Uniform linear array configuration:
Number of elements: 48
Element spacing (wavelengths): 0.5
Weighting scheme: binomial
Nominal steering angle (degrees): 45
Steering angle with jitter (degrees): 43.95
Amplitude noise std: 0.05
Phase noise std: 0.05

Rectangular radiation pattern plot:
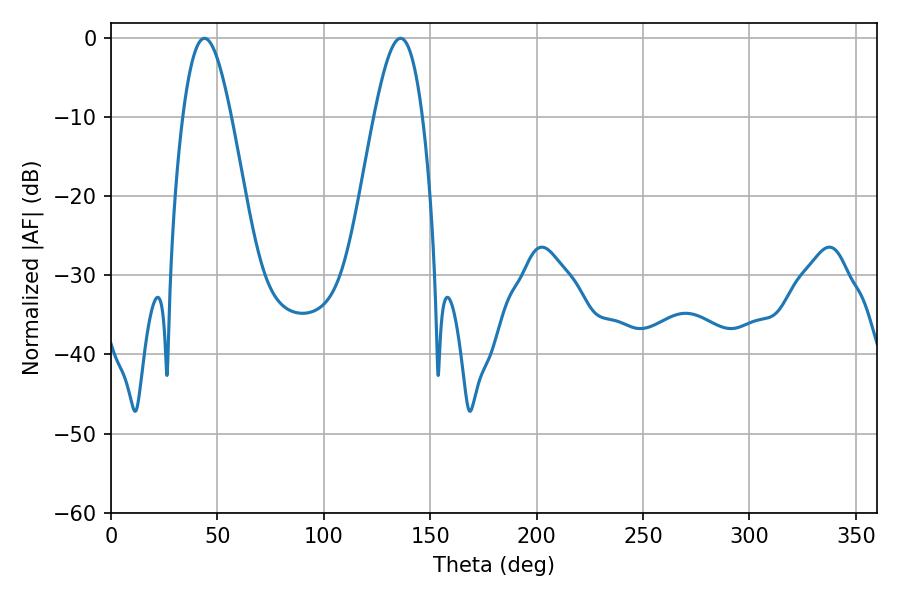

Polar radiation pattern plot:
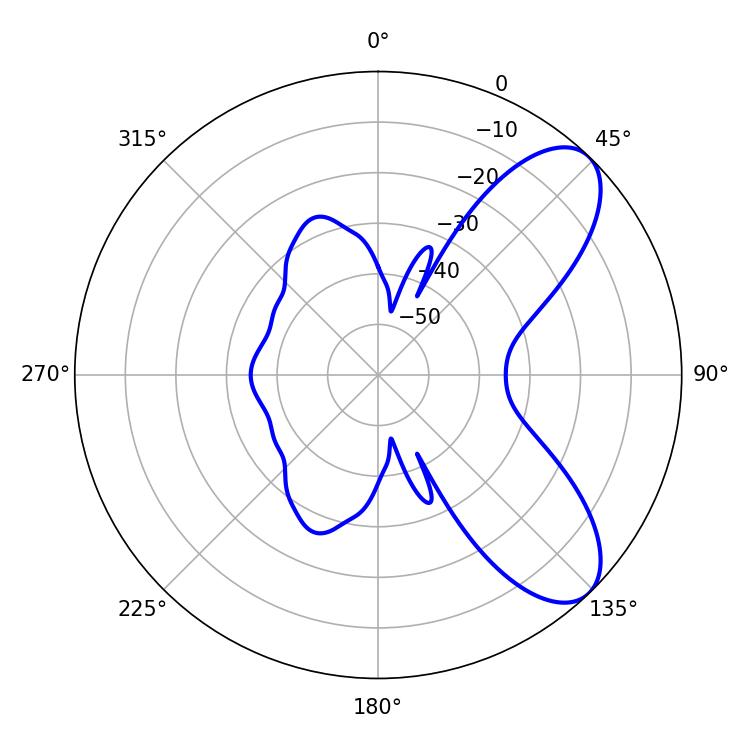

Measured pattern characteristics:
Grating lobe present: FALSE
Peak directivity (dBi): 7.886
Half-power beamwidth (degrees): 12.24
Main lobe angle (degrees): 43.92